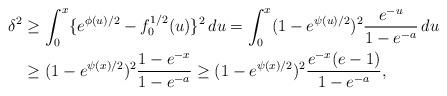
LaTeX: \begin{align*}\delta^2 &\geq \int_0^x \{e^{\phi(u)/2} - f_0^{1/2}(u)\}^2 \, du = \int_0^x (1-e^{\psi(u)/2})^2 \frac{e^{-u}}{1 - e^{-a}} \, du \\&\geq (1-e^{\psi(x)/2})^2\frac{1 - e^{-x}}{1 - e^{-a}} \geq (1-e^{\psi(x)/2})^2\frac{e^{-x}(e - 1)}{1 - e^{-a}},\end{align*}